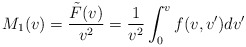
\begin{align*} M_1(v)=\frac{\tilde{F}(v)}{v^2}=\frac{1}{v^2}\int_0^vf(v,v')dv'\end{align*}